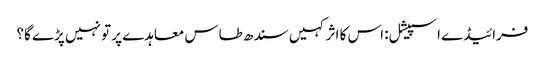
فرائیڈے اسپیشل: اس کا اثر کہیں سندھ طاس معاہدے پر تو نہیں پڑے گا؟